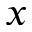
x